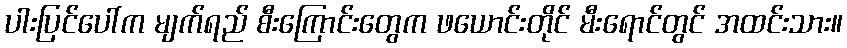
ပါးပြင်ပေါ်က မျက်ရည် စီးကြောင်းတွေက ဖယောင်းတိုင် မီးရောင်တွင် အထင်းသား။